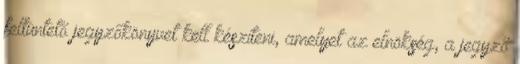
feltüntető jegyzőkönyvet kell készíteni, amelyet az elnökség, a jegyző